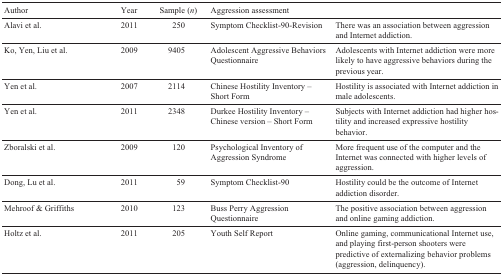
<table><thead><tr><td><b>Author</b></td><td><b>Year</b></td><td><b>Sample (<i>n</i>)</b></td><td><b>Aggression assessment</b></td><td></td></tr></thead><tbody><tr><td>Alavi et al.</td><td>2011</td><td>250</td><td>Symptom Checklist-90-Revision</td><td>There was an association between aggression and Internet addiction.</td></tr><tr><td>Ko, Yen, Liu et al.</td><td>2009</td><td>9405</td><td>Adolescent Aggressive Behaviors Questionnaire</td><td>Adolescents with Internet addiction were more likely to have aggressive behaviors during the previous year.</td></tr><tr><td>Yen et al.</td><td>2007</td><td>2114</td><td>Chinese Hostility Inventory – Short Form</td><td>Hostility is associated with Internet addiction in male adolescents.</td></tr><tr><td>Yen et al.</td><td>2011</td><td>2348</td><td>Durkee Hostility Inventory – Chinese version – Short Form</td><td>Subjects with Internet addiction had higher hostility and increased expressive hostility behavior.</td></tr><tr><td>Zboralski et al.</td><td>2009</td><td>120</td><td>Psychological Inventory of Aggression Syndrome</td><td>More frequent use of the computer and the Internet was connected with higher levels of aggression.</td></tr><tr><td>Dong, Lu et al.</td><td>2011</td><td>59</td><td>Symptom Checklist-90</td><td>Hostility could be the outcome of Internet addiction disorder.</td></tr><tr><td>Mehroof &amp; Griffiths</td><td>2010</td><td>123</td><td>Buss Perry Aggression Questionnaire</td><td>The positive association between aggression and online gaming addiction.</td></tr><tr><td>Holtz et al.</td><td>2011</td><td>205</td><td>Youth Self Report</td><td>Online gaming, communicational Internet use, and playing first-person shooters were predictive of externalizing behavior problems (aggression, delinquency).</td></tr></tbody></table>